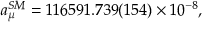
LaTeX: a _ { \mu } ^ { S M } = 1 1 6 5 9 1 . 7 3 9 ( 1 5 4 ) \times 1 0 ^ { - 8 } ,